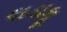
લડાકૂ